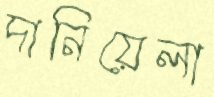
দানিয়েলা